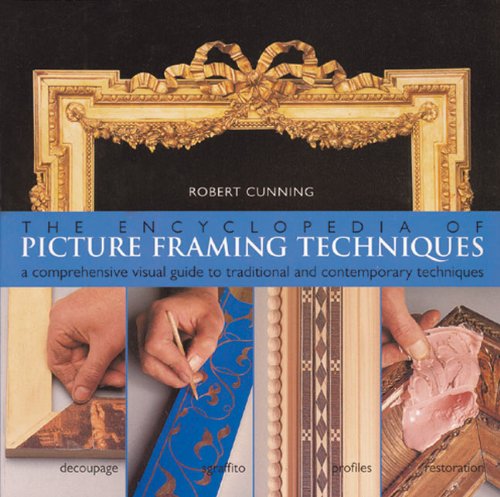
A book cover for The Encyclopedia of Picture Framing Techniques: A Comprehensive Visual Guide to Traditional and Contemporary Techniques; Robert Cunning; Crafts, Hobbies & Home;